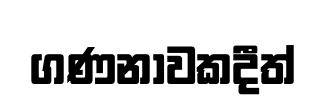
ගණනාවකදීත්